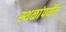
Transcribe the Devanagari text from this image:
स्थळांपर्यंत